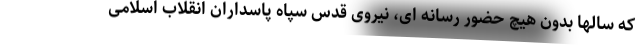
که سالها بدون هیچ حضور رسانه ای، نیروی قدس سپاه پاسداران انقلاب اسلامی